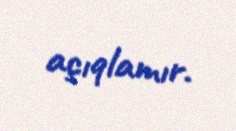
açıqlamır.